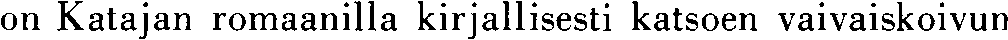
on Katajan romaanilla kirjallisesti katsoen vaivaiskoivun